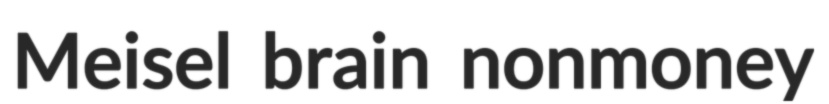
Meisel brain nonmoney